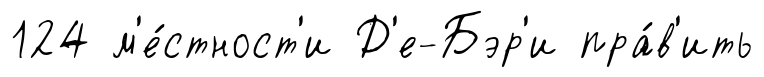
124 м'е́стност'и Д'е-Бэр'и пра́в'ить